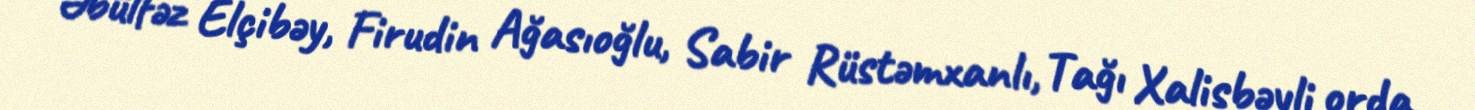
Əbülfəz Elçibəy, Firudin Ağasıoğlu, Sabir Rüstəmxanlı, Tağı Xalisbəyli orda